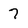
Character: 7